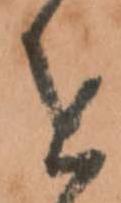
を